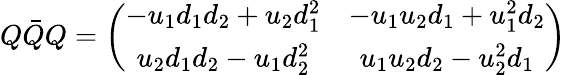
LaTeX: Q\bar{Q}Q=\left(\begin{array}{cc}{{-u_{1}d_{1}d_{2}+u_{2}d_{1}^{2}}}&{{-u_{1}u_{2}d_{1}+u_{1}^{2}d_{2}}}\\ {{u_{2}d_{1}d_{2}-u_{1}d_{2}^{2}}}&{{u_{1}u_{2}d_{2}-u_{2}^{2}d_{1}}}\end{array}\right)